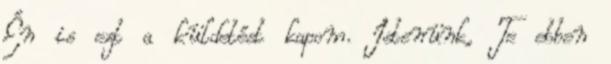
Én is ezt a küldetést kapom. Istenünk, Te ebben